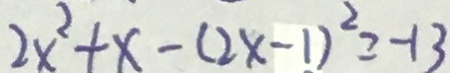
2 x ^ { 2 } + x - ( 2 x - 1 ) ^ { 2 } = - 1 3